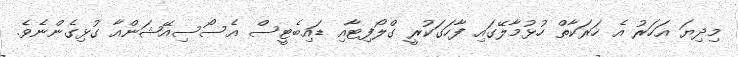
މިދިޔަ އަހަރު އެ ހަރަކާތް ހުޅުމާލޭގައި ފާހަގަކުރީ ގްލޯފިޓާއި ޑައިބެޓީސް އެސޯސިއޭޝަންއާ ގުޅިގެންނެވެ.